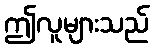
ဤလူများသည်